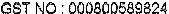
GST NO : 000800589824